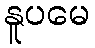
နူပမေ